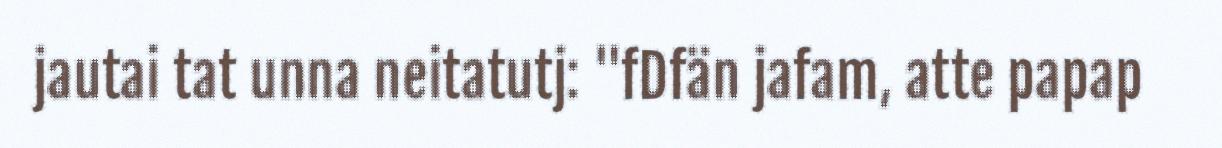
jautai tat unna neitatutj: "fDfän jafam, atte papap